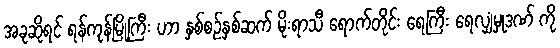
အခုဆိုရင် ရန်ကုန်မြို့ကြီး ဟာ နှစ်စဉ်နှစ်ဆက် မိုးရာသီ ရောက်တိုင်း ရေကြီး ရေလျှံမှုဒဏ် ကို